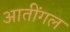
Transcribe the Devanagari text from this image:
आतींगल